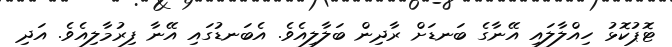
ޓޮޕުކޮޅު ހިއްލާލައި އޭނާގެ ބަނޑަށް ރާދިން ބަލާލިއެވެ. އެބަނޑުގައި އޭނާ ފިރުމާލިއެވެ. އަދި